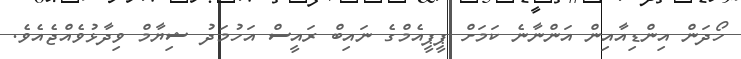
ހޯދަން އިންޑިއާއިން އަންނާނެ ކަމަށް ޕީޕީއެމްގެ ނައިބް ރައީސް އަހުމަދު ޝިޔާމް ވިދާޅުވެއްޖެއެވެ.